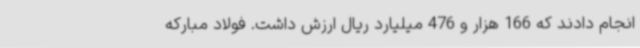
انجام دادند که 166 هزار و 476 میلیارد ریال ارزش داشت. فولاد مبارکه